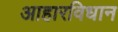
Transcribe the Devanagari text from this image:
आहारविधान